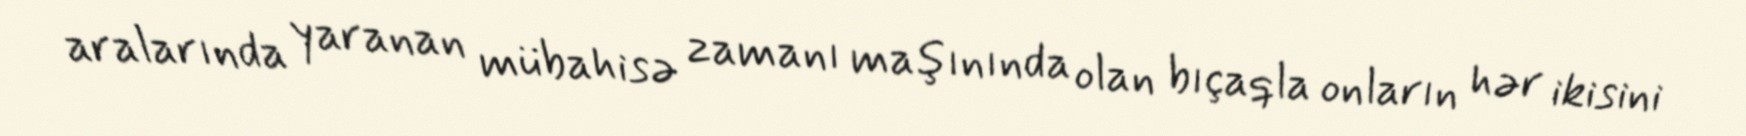
aralarında yaranan mübahisə zamanı maşınında olan bıçaqla onların hər ikisini